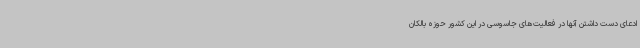
ادعای دست داشتن آنها در فعالیت‌های جاسوسی در این کشور حوزه بالکان